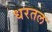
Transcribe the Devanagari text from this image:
धरतल